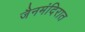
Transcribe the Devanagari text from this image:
जैनमंदिरात